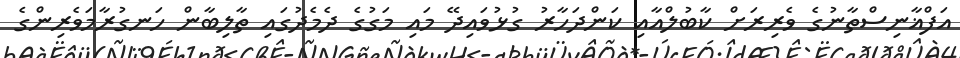
އަފްޣާނިސްތާނުގެ ވެރިރަށް ކާބުލްއާއި ކަންދަހާރު ގުޅުވައިދޭ މައި މަގުގެ ދެމެދުގައި ތާލިބާން ހަނގުރާމަވެރިންގެ